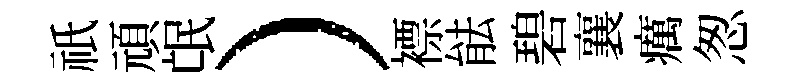
祇頑氓）褾䏻碧襄癘怱